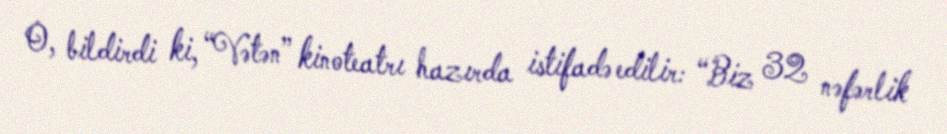
O, bildirdi ki, “Vətən” kinoteatrı hazırda istifadə edilir: “Biz 32 nəfərlik